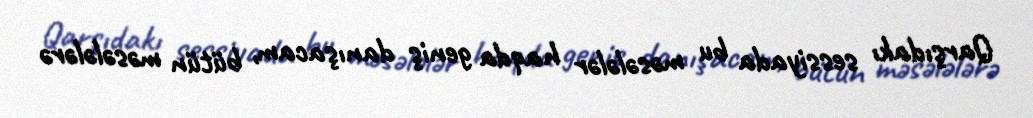
Qarşıdakı sessiyada bu məsələlər haqda geniş danışacam, bütün məsələlərə